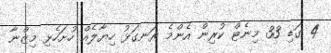
4 ގަޑި 33 މިނެޓް ކުރިން އެންމެ ރަނގަޅު ހިޔާލެއް ހުށަހެޅި މިޒްނާ